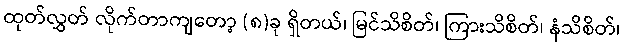
ထုတ်လွှတ် လိုက်တာကျတော့ (၈)ခု ရှိတယ်၊ မြင်သိစိတ်၊ ကြားသိစိတ်၊ နံသိစိတ်၊